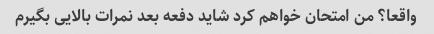
واقعا؟ من امتحان خواهم کرد شاید دفعه بعد نمرات بالایی بگیرم